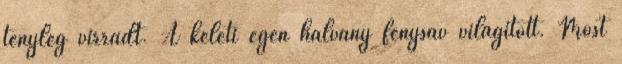
tényleg virradt. A keleti égen halvány fénysáv világított. Most